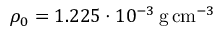
\rho _ { 0 } = 1 . 2 2 5 \cdot 1 0 ^ { - 3 } \, \mathrm { g \, c m } ^ { - 3 }